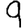
Digit: 9